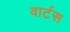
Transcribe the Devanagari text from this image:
वार्टस